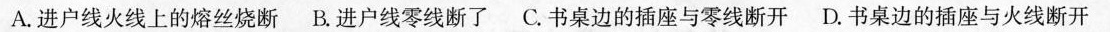
A.进户线火线上的熔丝烧断 B.进户线零线断了 C.书桌边的插座与零线断开 D.书桌边的插座与火线断开